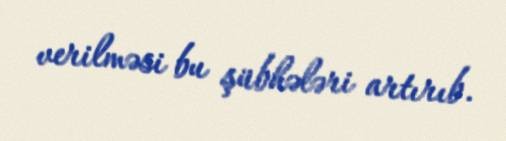
verilməsi bu şübhələri artırıb.